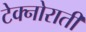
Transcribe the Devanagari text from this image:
टेक्नोराती